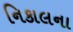
નિકાલના